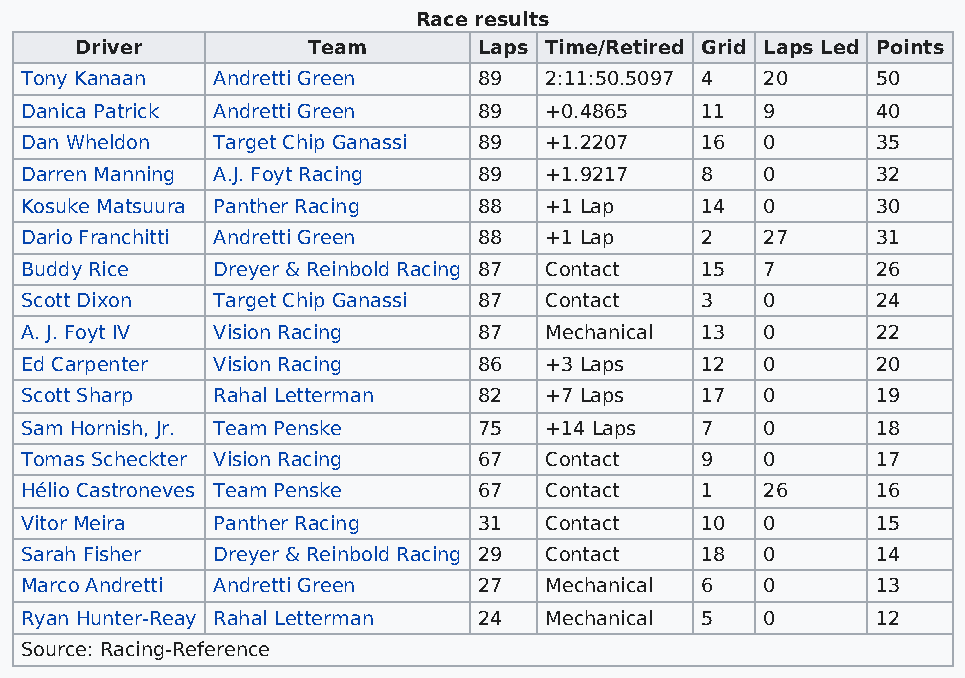
Race results
 Driver         Team        Laps Time/Retired Grid Laps Led Points
 Tony Kanaan  Andretti Green    89  2:11:50.5097 4 20     50
 Danica Patrick Andretti Green  89  +0.4865   11   9      40
 Dan Wheldon  Target Chip Ganassi 89 +1.2207  16   0      35
 Darren Manning A.J. Foyt Racing 89 +1.9217   8    0      32
 Kosuke Matsuura Panther Racing 88  +1 Lap    14   0      30
 Dario Franchitti Andretti Green 88 +1 Lap    2    27     31
 Buddy Rice   Dreyer & Reinbold Racing 87 Contact 15 7    26
 Scott Dixon  Target Chip Ganassi 87 Contact  3    0      24
 A. J. Foyt IV Vision Racing    87  Mechanical 13  0      22
 Ed Carpenter Vision Racing     86  +3 Laps   12   0      20
 Scott Sharp  Rahal Letterman   82  +7 Laps   17   0      19
 Sam Hornish, Jr. Team Penske   75  +14 Laps  7    0      18
 Tomas Scheckter Vision Racing  67  Contact   9    0      17
 Hélio Castroneves Team Penske  67  Contact   1    26     16
 Vitor Meira  Panther Racing    31  Contact   10   0      15
 Sarah Fisher Dreyer & Reinbold Racing 29 Contact 18 0    14
 Marco Andretti Andretti Green  27  Mechanical 6   0      13
 Ryan Hunter-Reay Rahal Letterman 24 Mechanical 5  0      12
 Source: Racing-Reference